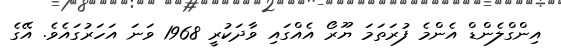
އިންގްލެންޑް އެންމެ ފުރަތަމަ ޔޫރޯ އެއްގައި ވާދަކުރީ 1968 ވަނަ އަހަރުގައެވެ. އޭގެ